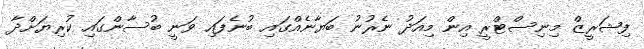
ފިޝަރީޒް މިނިސްޓްރީ އިން މިއަދު ނެރުނު ބަޔާނެއްގައި ބުނެފައި ވަނީ ބުސާންގައި ކުރިޔަށްދާ